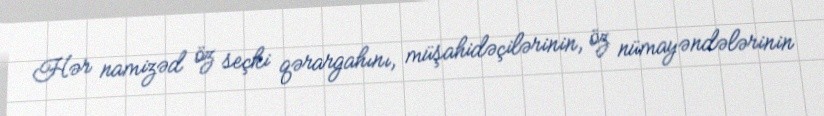
Hər namizəd öz seçki qərargahını, müşahidəçilərinin, öz nümayəndələrinin